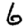
Digit: 6